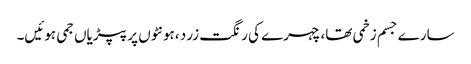
سارے جسم زخمی تھا، چہرے کی رنگت زرد ،ہونٹوں پر پپڑیاں جمی ہوئیں۔